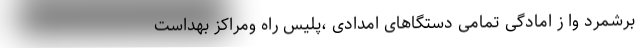
برشمرد وا ز امادگی تمامی دستگاهای امدادی ،پلیس راه ومراکز بهداست